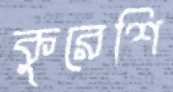
কুরেশি